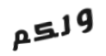
ولكم